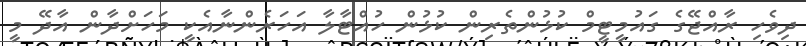
ދިވެހި ރާއްޖޭގެ ގައުމީޓީމް ކުޅުންތެރިން ކުޅުން ހުއްޓާލާ އަހަރެންނާއެކީ މަހަށްދާން އާދޭ މީ